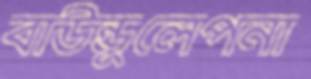
বাউন্ডুলেপনা